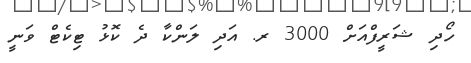
ހޯދި ޝަރީފްއަށް 3000 ރ. އަދި ލަންކާ ދެ ކޮޅު ޓިކެޓް ވަނީ